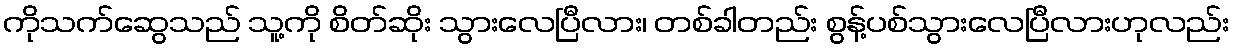
ကိုသက်ဆွေသည် သူ့ကို စိတ်ဆိုး သွားလေပြီလား၊ တစ်ခါတည်း စွန့်ပစ်သွားလေပြီလားဟုလည်း